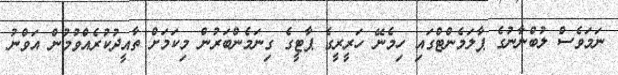
ނަމަވެސް ލުބްނާނުގެ ޕާލަމެންޓްގައި ހިމެނޭ ހަރީރީގެ ޕާޓީގެ ގިނަމެންބަރުން މިކަމަށް ތާއީދުކުރެއްވުމުން އަވްނު